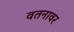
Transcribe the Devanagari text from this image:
वतनावर